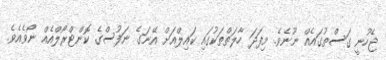
ޖެހުނީ ގަސްތުގައެއް ނޫނެވެ. މިފަދަ ހާލަތްތަކުގައި ކައިލްއަށް އޭނަގެ ނަފުސްގެ ކޮންޓްރޯލްއެއް ނޯވެއެވެ.